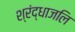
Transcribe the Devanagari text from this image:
श्रंद्धाजलि